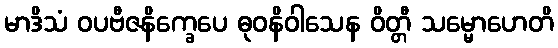
မာဒိသံ ဝပဗီဇနိက္ခေပေ ဓုဝနိဝါသေန ဝိတ္တီ သမ္မောဟေတိ